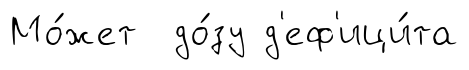
Мо́жет до́зу д'еф'ици́та